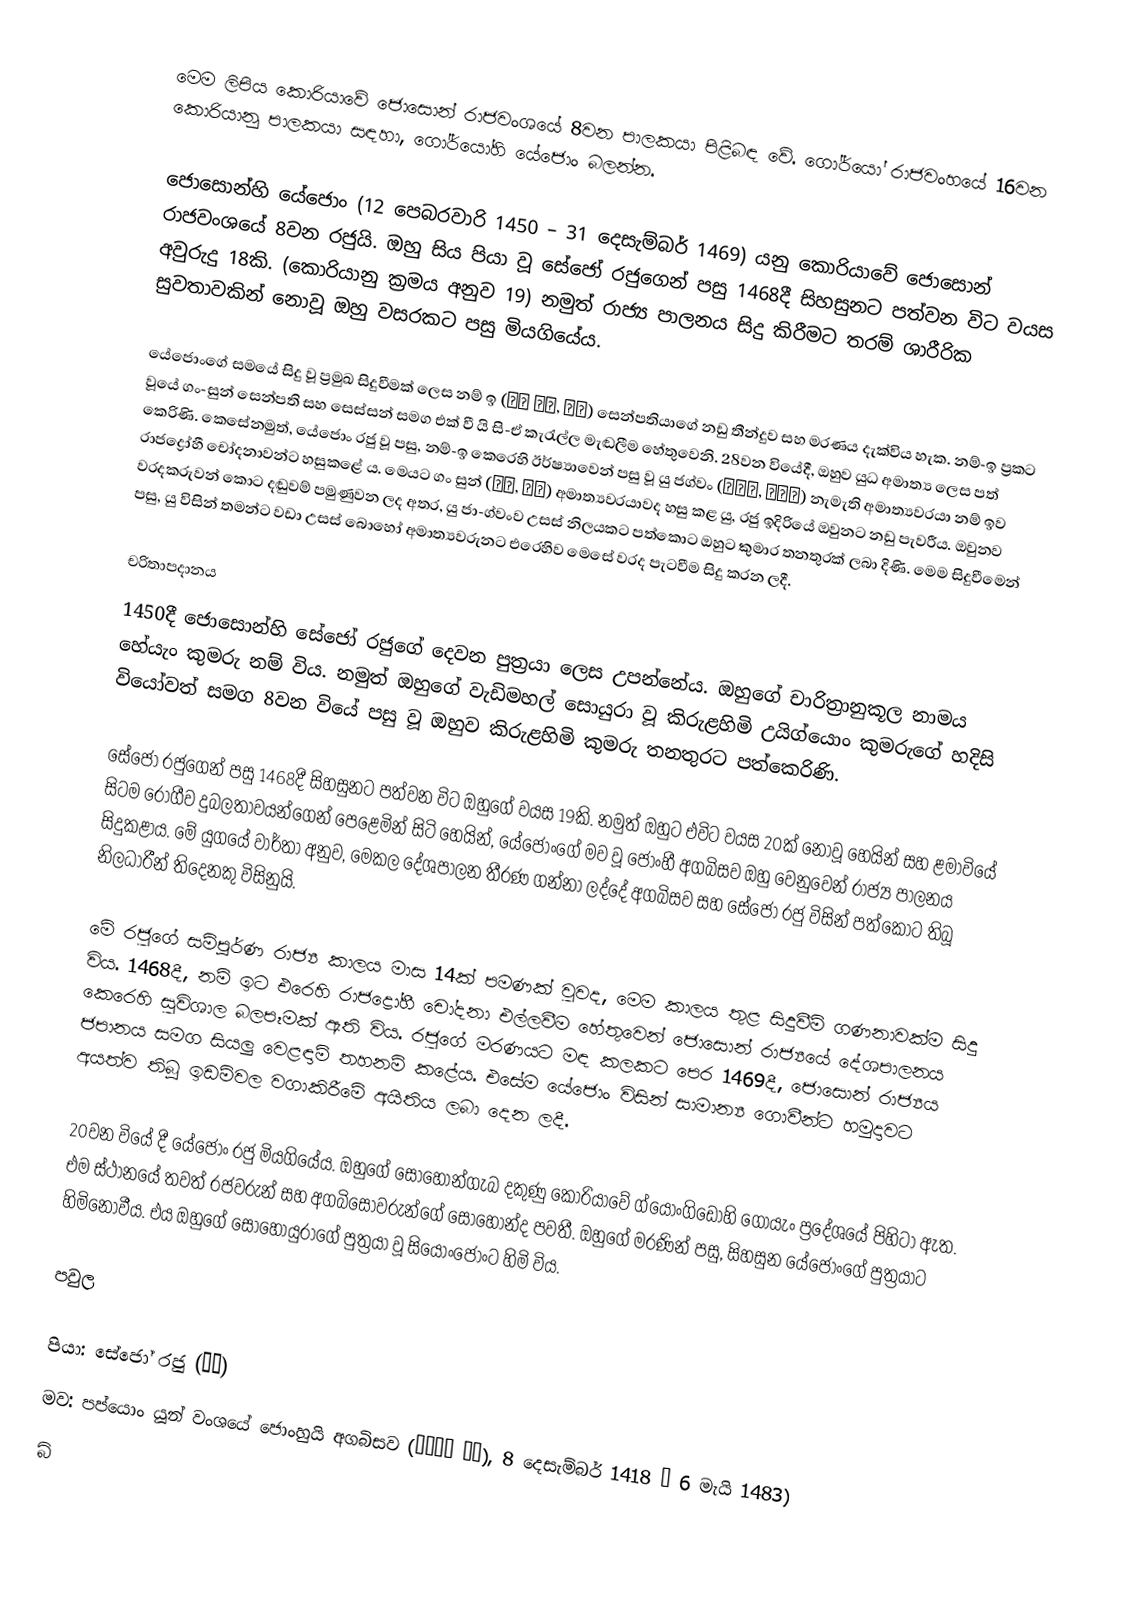
මෙම ලිපිය කොරියාවේ ජොසොන් රාජවංශයේ 8වන පාලකයා පිළිබඳ වේ. ගෝර්යෝ රාජවංහයේ 16වන කොරියානු පාලකයා සඳහා, ගෝර්යෝහි යේජොං බලන්න.

ජොසොන්හි යේජොං (12 පෙබරවාරි 1450 – 31 දෙසැම්බර් 1469) යනු කොරියාවේ ජොසොන් රාජවංශයේ 8වන රජුයි. ඔහු සිය පියා වූ සේජෝ රජුගෙන් පසු 1468දී සිහසුනට පත්වන විට වයස අවුරුදු 18කි.‍ (කොරියානු ක්‍රමය අනුව 19) නමුත් රාජ්‍ය පාලනය සිදු කිරීමට තරම් ශාරීරික සුවතාවකින් නොවූ ඔහු වසරකට පසු මියගියේය.

යේජොංගේ සමයේ සිදු වූ ප්‍රමුඛ සිදුවීමක් ලෙස නම් ඉ (남이 장군, 南怡) සෙන්පතියාගේ නඩු තීන්දුව සහ මරණය දැක්විය හැක. නම්-ඉ ප්‍රකට වූයේ ගං-සුන් සෙන්පති සහ සෙස්සන් සමග එක් වී යි සි-ඒ කැරැල්ල මැඬලීම හේතුවෙනි. 28වන වියේදී, ඔහුව යුධ අමාත්‍ය ලෙස පත් කෙරිණි. කෙසේනමුත්, යේජොං රජු වූ පසු, නම්-ඉ කෙරෙහි ඊර්ෂ්‍යාවෙන් පසු වූ යු ජග්වං (유자광, 柳子光) නැමැති අමාත්‍යවරයා නම් ඉව රාජද්‍රෝහී චෝදනාවන්ට හසුකළේ ය. මෙයට ගං සුන් (강순, 康純) අමාත්‍යවරයාවද හසු කළ යු, රජු ඉදිරියේ ඔවුනට නඩු පැවරීය. ඔවුනව වරදකරුවන් කොට දඬුවම් පමුණුවන ලද අතර, යු ජා-ග්වංව උසස් නිලයකට පත්කොට ඔහුට කුමාර තනතුරක් ලබා දිණි. මෙම සිදුවීමෙන් පසු, යු විසින් තමන්ට වඩා උසස් බොහෝ අමාත්‍යවරුනට එරෙහිව මෙසේ වරද පැටවීම සිදු කරන ලදී.

චරිතාපදානය
1450දී ජොසොන්හි සේජෝ රජුගේ දෙවන පුත්‍රයා ලෙස උපන්නේය. ඔහුගේ චාරිත්‍රානුකූල නාමය හේයැං කුමරු නම් විය. නමුත් ඔහුගේ වැඩිමහල් සොයුරා වූ කිරුළහිමි උයිග්යොං කුමරුගේ හදිසි වියෝවත් සමග 8වන වියේ පසු වූ ඔහුව කිරුළහිමි කුමරු තනතුරට පත්කෙරිණි.

සේජෝ රජුගෙන් පසු 1468දී සිහසුනට පත්වන විට ඔහුගේ වයස 19කි. නමුත් ඔහුට එවිට වයස 20ක් නොවූ හෙයින් සහ ළමාවියේ සිටම රෝගීව දුබලතාවයන්ගෙන් පෙළෙමින් සිටි හෙයින්, යේජොංගේ මව වූ ජොංහී අගබිසව ඔහු වෙනුවෙන් රාජ්‍ය පාලනය සිදුකළාය. මේ යුගයේ වාර්තා අනුව, මෙකල දේශපාලන තීරණ ගන්නා ලද්දේ අගබිසව සහ සේජෝ රජු විසින් පත්කොට තිබූ නිලධාරීන් තිදෙනකු විසිනුයි.

මේ රජුගේ සම්පූර්ණ රාජ්‍ය කාලය මාස 14ක් පමණක් වුවද, මෙම කාලය තුළ සිදුවීම් ගණනාවක්ම සිදු විය. 1468දී, නම් ඉට එරෙහි රාජද්‍රෝහී චෝදනා එල්ලවීම හේතුවෙන් ජොසොන් රාජ්‍යයේ දේශපාලනය කෙරෙහි සුවිශාල බලපෑමක් ඇති විය. රජුගේ මරණයට මඳ කලකට පෙර 1469දී, ජොසොන් රාජ්‍යය ජපානය සමග සියලු වෙළඳාම් තහනම් කළේය. එසේම යේජොං විසින් සාමාන්‍ය ගොවීන්ට හමුදාවට අයත්ව තිබූ ඉඩම්වල වගාකිරීමේ අයිතිය ලබා දෙන ලදී.

20වන වියේ දී යේජොං රජු මියගියේය. ඔහුගේ සොහොන්ගැබ දකුණු කොරියාවේ ග්යොංගිඩෝහි ගොයැං ප්‍රදේශයේ පිහිටා ඇත. එම ස්ථානයේ තවත් රජවරුන් සහ අගබිසෝවරුන්ගේ සොහොන්ද පවතී. ඔහුගේ මරණින් පසු, සිහසුන යේජොංගේ පුත්‍රයාට හිමිනොවීය. එය ඔහුගේ සොහොයුරාගේ පුත්‍රයා වූ සියොංජොංට හිමි විය.

පවුල

 පියා: සේජෝ රජු (세조)
 මව: පප්යොං යූන් වංශයේ ජොංහුයි අගබිසව (정희왕후 윤씨), 8 දෙසැම්බර් 1418 – 6 මැයි 1483)
බි